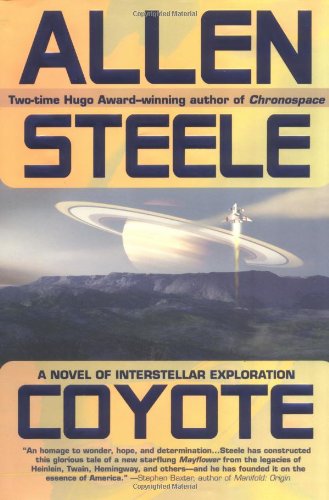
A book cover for Coyote: A Novel of Interstellar Exploration; Allen Steele; Science Fiction & Fantasy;